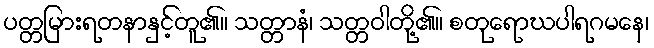
ပတ္တမြားရတနာနှင့်တူ၏။ သတ္တာနံ၊ သတ္တဝါတို့၏။ စတုရောဃပါရဂမနေ၊